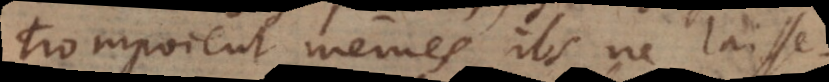
trompoient mêmes, ils ne laisseroient